Scottish Leaving Certificate Examination, 1954
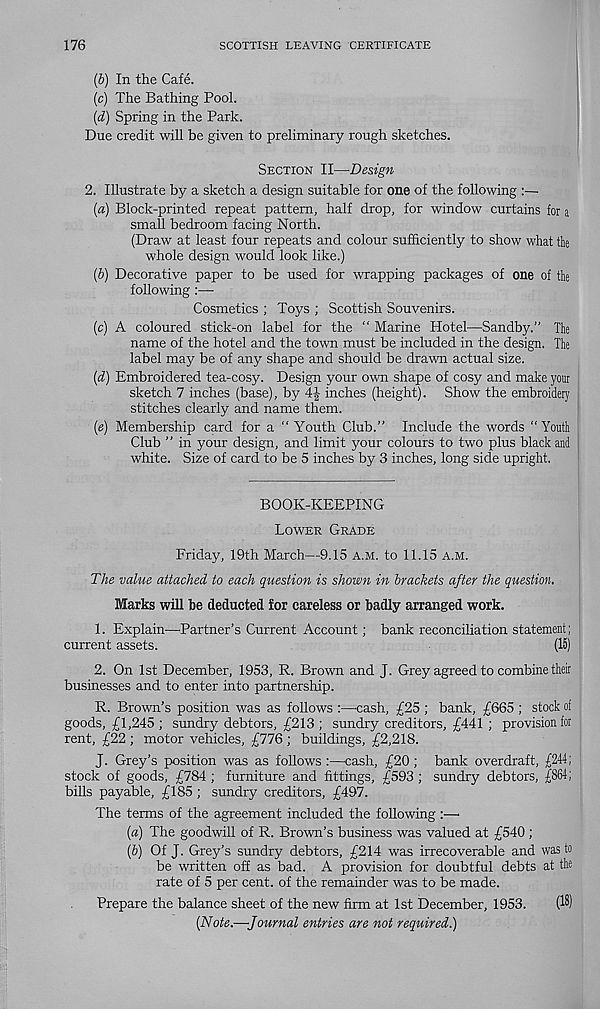
176
SCOTTISH LEAVING CERTIFICATE
(b) In the Cafe.
(c) The Bathing Pool.
(d) Spring in the Park.
Due credit will be given to preliminary rough sketches.
Section II—Design
2. Illustrate by a sketch a design suitable for one of the following
(а) Block-printed repeat pattern, half drop, for window curtains for a
small bedroom facing North.
(Draw at least four repeats and colour sufficiently to show what the
whole design would look like.)
(б) Decorative paper to be used for wrapping packages of one of the
following:—
Cosmetics ; Toys ; Scottish Souvenirs.
(c) A coloured stick-on label for the “ Marine Hotel—Sandby.” The
name of the hotel and the town must be included in the design. The
label may be of any shape and should be drawn actual size.
(d) Embroidered tea-cosy. Design your own shape of cosy and make your
sketch 7 inches (base), by
inches (height). Show the embroidery
stitches clearly and name them.
(«) Membership card for a “Youth Club.” Include the words “Youth
Club ” in your design, and limit your colours to two plus black and
white. Size of card to be 5 inches by 3 inches, long side upright.
BOOK-KEEPING
Lower Grade
Friday, 19th March—9.15 a.m. to 11.15 A.M.
The value attached to each question is shown in brackets after the question.
Marks will be deducted for careless or badly arranged work.
1. Explain—Partner’s Current Account; bank reconciliation statement;
current assets.
(15)
2. On 1st December, 1953, R. Brown and J. Grey agreed to combine their
businesses and to enter into partnership.
R. Brown’s position was as follows :—cash, £25 ; bank, £665 ; stock of
goods, £1,245; sundry debtors, £213; sundry creditors, £441 ; provision for
rent, £22 ; motor vehicles, £776 ; buildings, £2,218.
J. Grey’s position was as follows :—cash, £20; bank overdraft, £244;
stock of goods, £784 ; furniture and fittings, £593 ; sundry debtors, £864;
bills payable, £185 ; sundry creditors, £497.
The terms of the agreement included the following :—•
(a) The goodwill of R. Brown’s business was valued at £540 ;
(5) Of J. Grey’s sundry debtors, £214 was irrecoverable and was to
be written off as bad. A provision for doubtful debts at the
rate of 5 per cent, of the remainder was to be made.
Prepare the balance sheet of the new firm at 1st December, 1953.
(15)
(Note.—Journal entries are not required.)